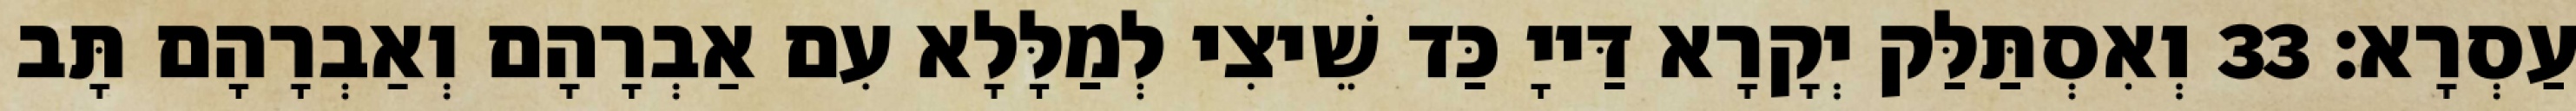
עַסְרָא׃ 33 וְאִסְתַּלַּק יְקָרָא דַּייָ כַּד שֵׁיצִי לְמַלָּלָא עִם אַבְרָהָם וְאַבְרָהָם תָּב